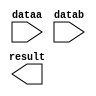
module MULT_PEAK (
	dataa,
	datab,
	result);

	input	[59:0]  dataa;
	input	[49:0]  datab;
	output	[109:0]  result;

endmodule